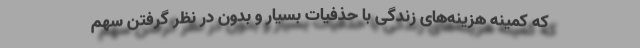
که کمینه هزینه‌های زندگی با حذفیات بسیار و بدون در نظر گرفتن سهم